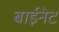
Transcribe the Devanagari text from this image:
बाईनेट